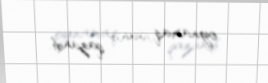
oynamaq şansı qazandı.